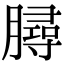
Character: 𦠅